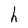
Character: h